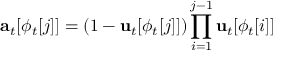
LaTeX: \mathbf { a } _ { t } [ \phi _ { t } [ j ] ] = ( 1 - \mathbf { u } _ { t } [ \phi _ { t } [ j ] ] ) \prod _ { i = 1 } ^ { j - 1 } \mathbf { u } _ { t } [ \phi _ { t } [ i ] ]